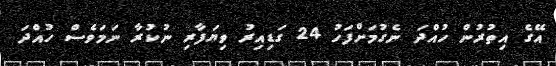
އޭގެ އިތުރުން ހުއްދަ ނެގުމަށްފަހު 24 ގަޑިއިރު ވިޔަފާރި ނުކުރާ ނަމަވެސް ހުއްދަ